Annual report on the Civil Veterinary Department, Burma (including the Insein Veterinary School) - 1923-1931
Year: 1923
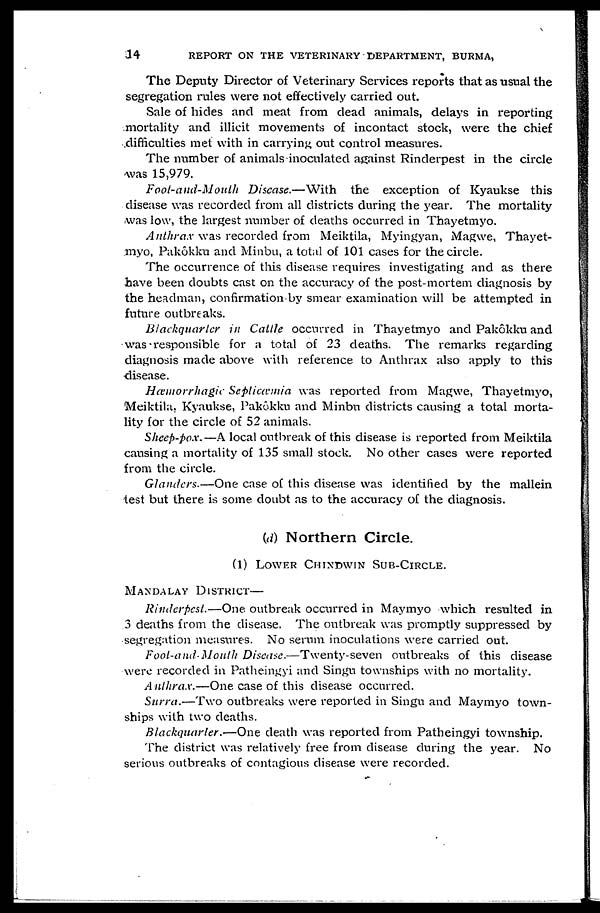
14
REPORT ON THE VETERINARY DEPARTMENT, BURMA,
The Deputy Director of Veterinary Services reports that as usual the
segregation rules were not effectively carried out.
Sale of hides and meat from dead animals, delays in reporting
mortality and illicit movements of incontact stock, were the chief
difficulties met with in carrying out control measures.
The number of animals inoculated against Rinderpest in the circle
was 15,979.
Foot-and-Mouth Disease.—With the exception of Kyaukse this
disease was recorded from all districts during the year. The mortality
was low, the largest number of deaths occurred in Thayetmyo.
Anthrax was recorded from Meiktila, Myingyan, Magwe, Thayet-
myo, Pakôkku and Minbu, a total of 101 cases for the circle.
The occurrence of this disease requires investigating and as there
have been doubts cast on the accuracy of the post-mortem diagnosis by
the headman, confirmation by smear examination will be attempted in
future outbreaks.
Blackquarter in Cattle occurred in Thayetmyo and Pakôkku and
was-responsible for a total of 23 deaths. The remarks regarding
diagnosis made above with reference to Anthrax also apply to this
disease.
Hæmorrhagic Septicæmia was reported from Magwe, Thayetmyo,
Meiktila, Kyaukse, Pakôkku and Minbu districts causing a total morta-
lity for the circle of 52 animals.
Sheep-pox.—A local outbreak of this disease is reported from Meiktila
causing a mortality of 135 small stock. No other cases were reported
from the circle.
Glanders.—One case of this disease was identified by the mallein
test but there is some doubt as to the accuracy of the diagnosis.
(d) Northern Circle.
(1) LOWER CHINDWIN SUB-CIRCLE.
MANDALAY DISTRICT—
Rinderpest.—One outbreak occurred in Maymyo which resulted in
3 deaths from the disease. The outbreak was promptly suppressed by
segregation measures. No serum inoculations were carried out.
Foot-and-Mouth Disease.—Twenty-seven outbreaks of this disease
were recorded in Patheingyi and Singu townships with no mortality.
Anthrax.—One case of this disease occurred.
Surra.—Two outbreaks were reported in Singu and Maymyo town-
ships with two deaths.
Blackquarter.—One death was reported from Patheingyi township.
The district was relatively free from disease during the year. No
serious outbreaks of contagious disease were recorded.